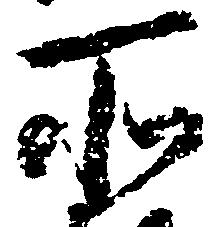
所